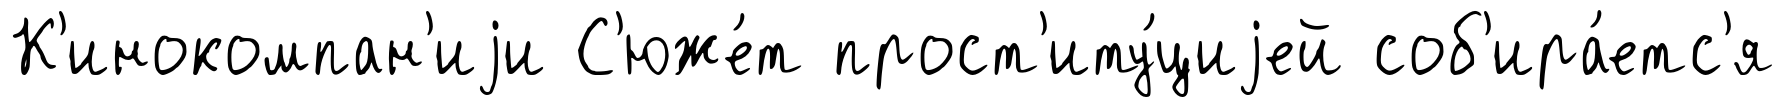
К'инокомпан'иjи С'юже́т прост'иту́циjей соб'ира́етс'я